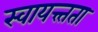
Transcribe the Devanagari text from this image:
स्वायत्त्तता